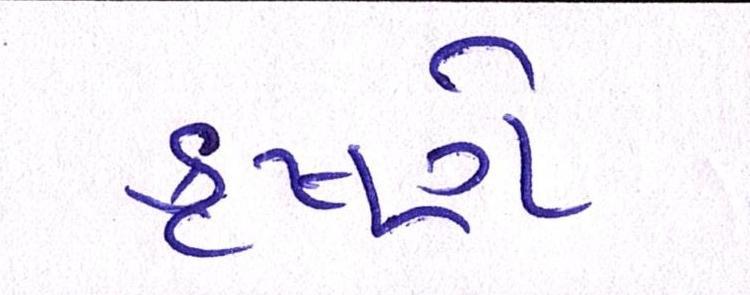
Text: કૃષ્ણે